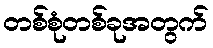
တစ်စုံတစ်ခုအတွက်